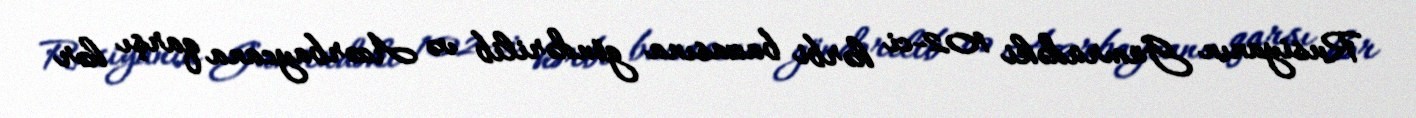
Rusiyanın Gümrüdəki 102-ci hərbi bazasına göndərilib və Azərbaycana qarşı hər